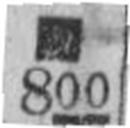
800